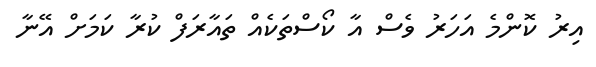
އިރު ކޮންމެ އަހަރު ވެސް އާ ކޯސްތަކެއް ތައާރަފް ކުރާ ކަމަށް އޭނާ